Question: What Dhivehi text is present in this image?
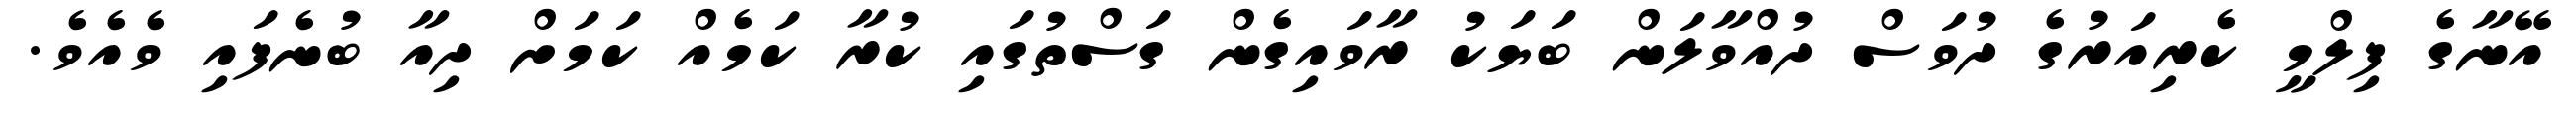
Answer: އޭނާގެ ފިލްމީ ކެރިއަރުގެ ދުވަސް ދުއްވާލަން ބަޔަކު ރާވައިގެން ގަސްތުގައި ކުރާ ކަމެއް ކަމަށް ދިއާ ބުނެފައި ވެއެވެ.